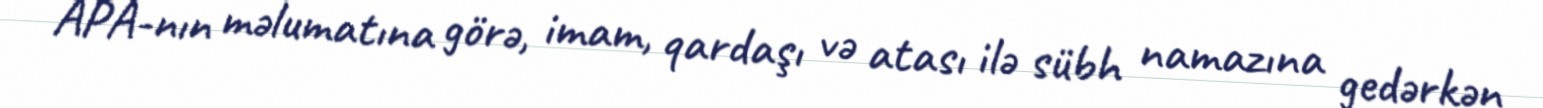
APA-nın məlumatına görə, imam, qardaşı və atası ilə sübh namazına gedərkən